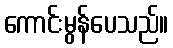
ကောင်းမွန်ပေသည်။